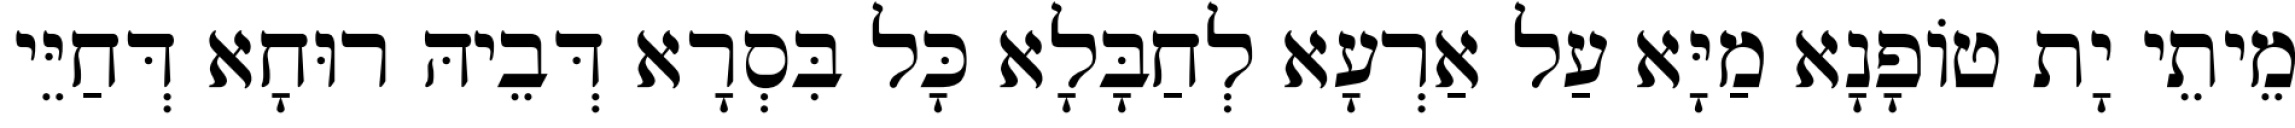
מֵיתֵי יָת טוֹפָנָא מַיָּא עַל אַרְעָא לְחַבָּלָא כָּל בִּסְרָא דְּבֵיהּ רוּחָא דְּחַיֵּי